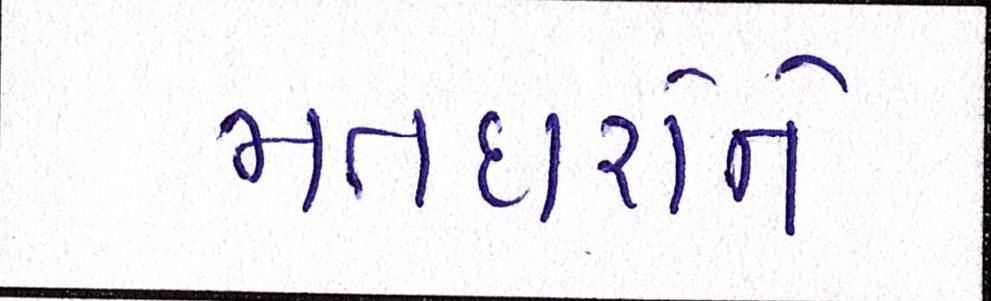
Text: મતદારોને